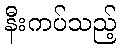
နီးကပ်သည့်